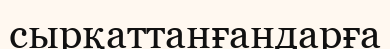
сырқаттанғандарға